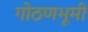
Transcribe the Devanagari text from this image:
गोठणभूमी